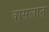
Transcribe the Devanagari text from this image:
वासलात